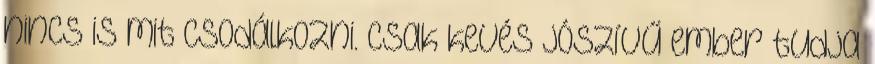
nincs is mit csodálkozni. Csak kevés jószívű ember tudja